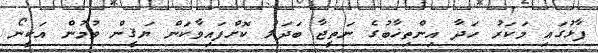
ފާޅުގައި މަކަރު ހަދާ އިންތިޚާބުގެ ނަތީޖާ ބަދަލު ކޮށްފައިވާކަން ޔަޤީން ވުމުން އަކީނޯ